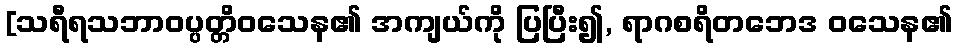
[သရီရသဘာဝပ္ပတ္တိဝသေန၏ အကျယ်ကို ပြပြီး၍, ရာဂစရိတဘေဒ ဝသေန၏